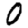
Digit: 0